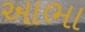
આભા